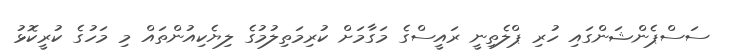
ސަސްޕެންޝަންގައި ހުރި ޕްލެތިނީ ރައީސްގެ މަގާމަށް ކުރިމަތިލުމުގެ ލިޔެކިއުންތައް މި މަހުގެ ކުރީކޮޅު